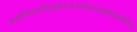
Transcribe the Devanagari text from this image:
अस्थीनिमातापितृपूर्वजानांनयंतिगंगामपियेकथंचित्